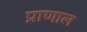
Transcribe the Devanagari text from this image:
प्राणाल